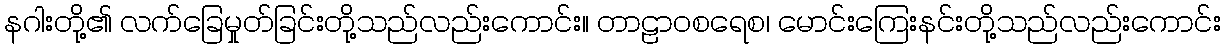
နဂါးတို့၏ လက်ခြေမှုတ်ခြင်းတို့သည်လည်းကောင်း။ တာဠာဝစရေစ၊ မောင်းကြေးနင်းတို့သည်လည်းကောင်း